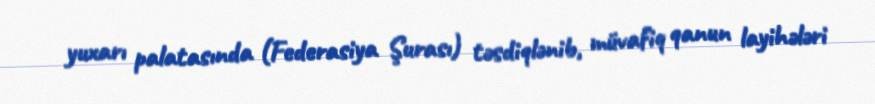
yuxarı palatasında (Federasiya Şurası) təsdiqlənib, müvafiq qanun layihələri